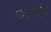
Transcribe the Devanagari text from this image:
मतगयंद